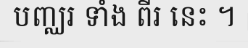
បញ្ឈរ ទាំង ពីរ នេះ ។